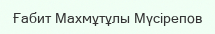
Ғабит Махмұтұлы Мүсірепов